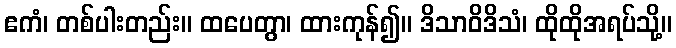
ဧကံ၊ တစ်ပါးတည်း။ ထပေတွာ၊ ထားကုန်၍။ ဒိသာဝိဒိသံ၊ ထိုထိုအရပ်သို့။